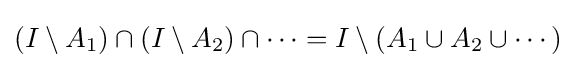
(I\setminus A_{1})\cap (I\setminus A_{2})\cap \cdots =I\setminus \left(A_{1}\cup A_{2}\cup \cdots \right)